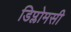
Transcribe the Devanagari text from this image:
डिप्लोमसी